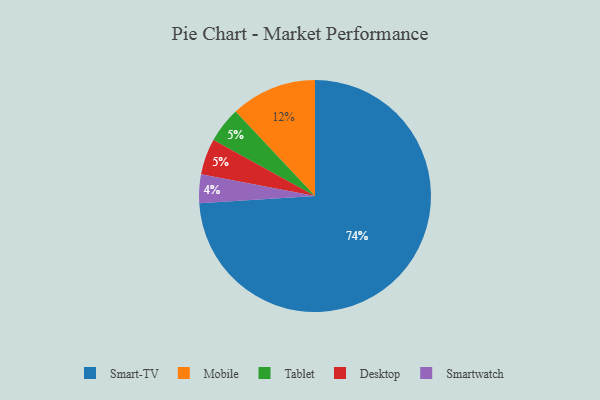
{"axis": {"x": "Category", "y": "Percentage"}, "legend": ["Desktop", "Mobile", "Smart-TV", "Smartwatch", "Tablet"], "data": [{"x": "Tablet", "y": 5, "type": "Tablet"}, {"x": "Mobile", "y": 12, "type": "Mobile"}, {"x": "Desktop", "y": 5, "type": "Desktop"}, {"x": "Smart-TV", "y": 74, "type": "Smart-TV"}, {"x": "Smartwatch", "y": 4, "type": "Smartwatch"}]}